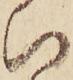
ひ